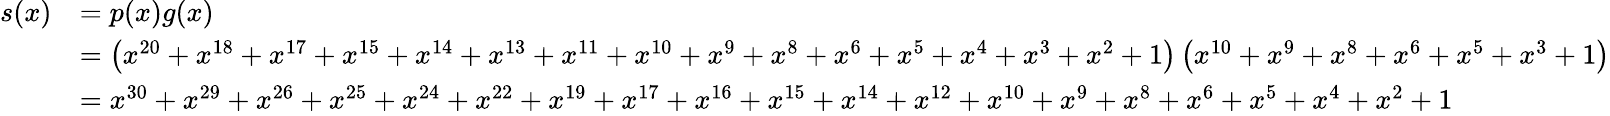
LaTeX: {\begin{array}{rl}{s(x)}&{=p(x)g(x)}\\ &{=\left(x^{20}+x^{18}+x^{17}+x^{15}+x^{14}+x^{13}+x^{11}+x^{10}+x^{9}+x^{8}+x^{6}+x^{5}+x^{4}+x^{3}+x^{2}+1\right)\left(x^{10}+x^{9}+x^{8}+x^{6}+x^{5}+x^{3}+1\right)}\\ &{=x^{30}+x^{29}+x^{26}+x^{25}+x^{24}+x^{22}+x^{19}+x^{17}+x^{16}+x^{15}+x^{14}+x^{12}+x^{10}+x^{9}+x^{8}+x^{6}+x^{5}+x^{4}+x^{2}+1}\end{array}}